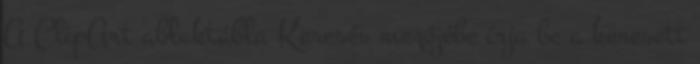
A ClipArt ablaktábla Keresés mezőjébe írja be a keresett